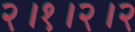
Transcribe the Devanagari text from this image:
२।१।२।२